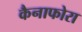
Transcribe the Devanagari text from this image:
कैनाफोरा